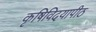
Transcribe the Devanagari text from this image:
कृषिविदयापीठ